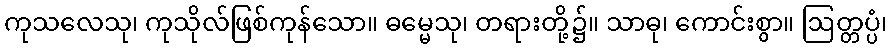
ကုသလေသု၊ ကုသိုလ်ဖြစ်ကုန်သော။ ဓမ္မေသု၊ တရားတို့၌။ သာဓု၊ ကောင်းစွာ။ ဩတ္တပ္ပံ၊